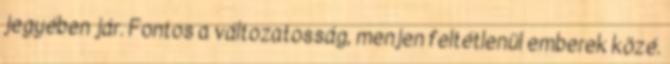
jegyében jár. Fontos a változatosság, menjen feltétlenül emberek közé.